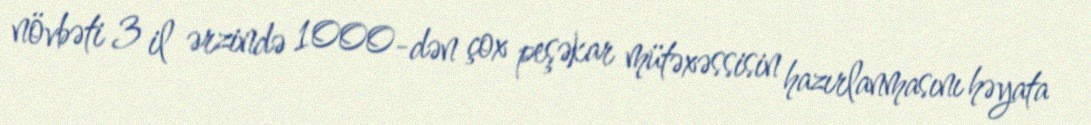
növbəti 3 il ərzində 1000-dən çox peşəkar mütəxəssisin hazırlanmasını həyata